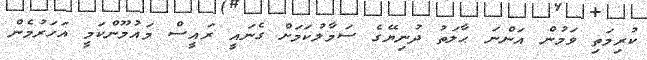
ކުރިމަތި ވަމުން އަންނަ ޙާލަތު ދުނިޔޭގެ ސަމާލުކަމަށް ގެނައީ ރައީސް މައުމޫންކަމީ އަހަރުމެން